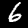
Digit: 6